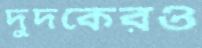
দুদকেরও